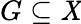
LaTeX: G\subseteq\mathit{X}